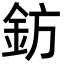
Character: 鈁